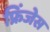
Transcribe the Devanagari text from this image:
फ्रिंजेस